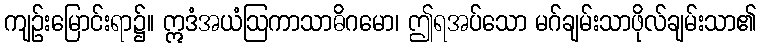
ကျဉ်းမြောင်းရာ၌။ ဣဒံအယံဩကာသာဓိဂမော၊ ဤရအပ်သော မဂ်ချမ်းသာဖိုလ်ချမ်းသာ၏